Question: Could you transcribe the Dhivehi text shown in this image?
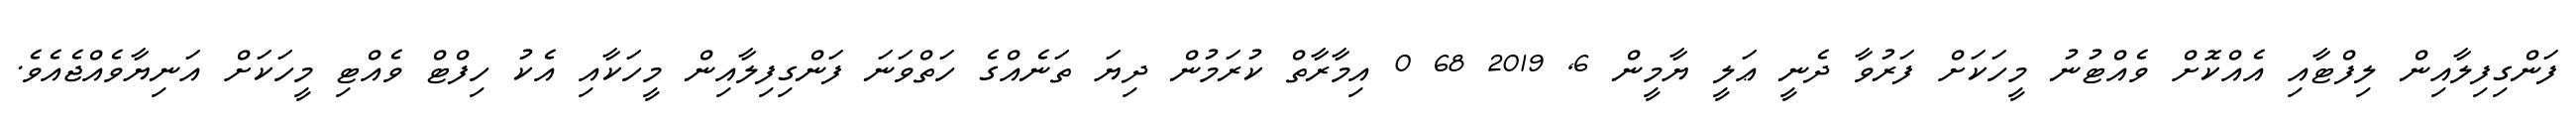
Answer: ފަންގިފިލާއިން ލިފްޓާއި އެއްކޮށް ވެއްޓުނު މީހަކަށް ފަރުވާ ދެނީ ޢަލީ ޔާމީން 6, 2019 68 0 އިމާރާތް ކުރަމުން ދިޔަ ތަނެއްގެ ހަތްވަނަ ފަންގިފިލާއިން މީހަކާއި އެކު ހިފްޓް ވެއްޓި މީހަކަށް އަނިޔާވެއްޖެއެވެ.